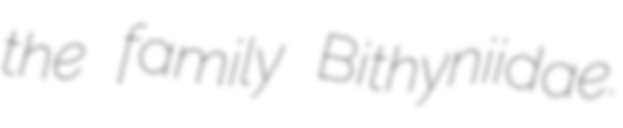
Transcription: the family Bithyniidae.